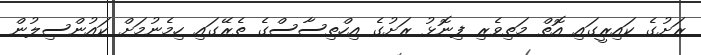
ރަށުގެ ކައިރީގައި އޮތް މަތިވެރި ފިނޮޅު ރަށުގެ އިހްތިސާސްގެ ތެރޭގައި ހިމެނުމަށް ކައުންސިލުން